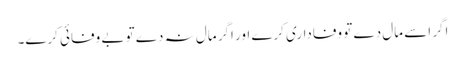
اگر اسے مال دے تو وفاداری کرے اور اگر مال نہ دے تو بے وفائی کرے۔